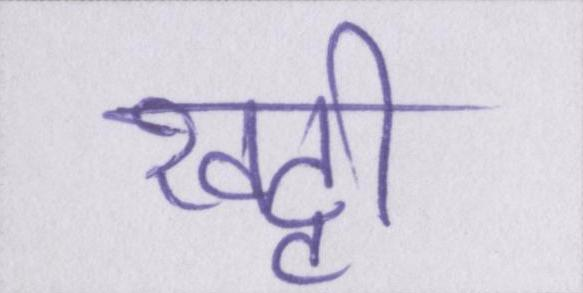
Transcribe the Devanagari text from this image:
खट्टी